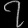
Digit: ၇